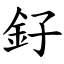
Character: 釨